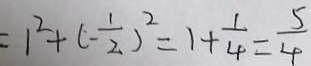
= 1 ^ { 2 } + ( - \frac { 1 } { 2 } ) ^ { 2 } = 1 + \frac { 1 } { 4 } = \frac { 5 } { 4 }